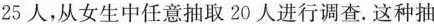
25人，从女生中任意抽取20人进行调查。这种抽